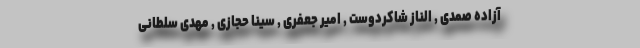
آزاده صمدی , الناز شاکردوست , امیر جعفری , سینا حجازی , مهدى سلطانى